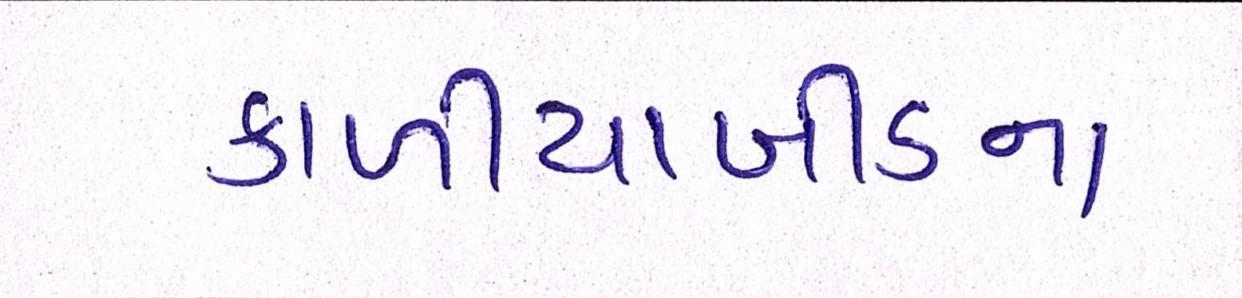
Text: કાળીયાબીડના